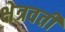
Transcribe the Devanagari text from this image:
क्षेत्रवर्ती